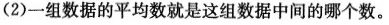
(2) 一组数据的平均数就是这组数据中间的哪个数。